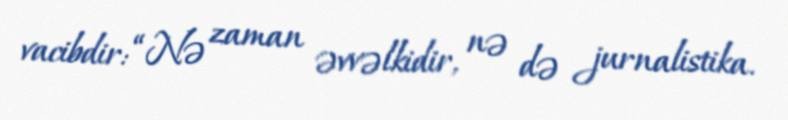
vacibdir: “Nə zaman əvvəlkidir, nə də jurnalistika.